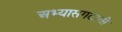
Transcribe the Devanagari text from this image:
अभ्यासगटाची